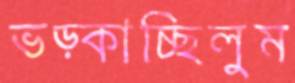
ভড়্‌কাচ্ছিলুম